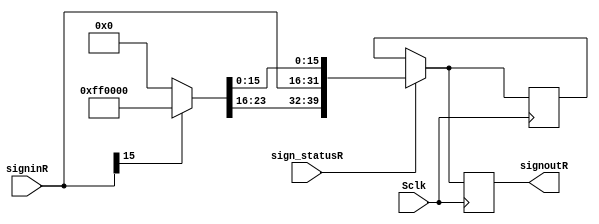
`timescale 1ns / 1ps

module SignextR(Sclk,sign_statusR,signinR,signoutR);

input Sclk,sign_statusR;
input [15:0]signinR;

output reg [39:0] signoutR;

reg [39:0]padR;

always @(posedge Sclk)
begin
	if(sign_statusR==1)
	begin
		if(signinR[15]==1)
		begin
			padR=40'hFF00000000;
			padR[31:16]=signinR;
		end
		else
		begin
			padR=40'h0000000000;
			padR[31:16]=signinR;		
		end
	end
	
	signoutR=padR;
end

endmodule